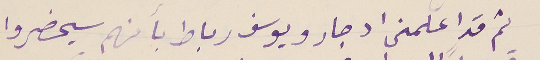
ثم قد اعلمنى ادجار ويوسف رباط بانهم سيحضروا